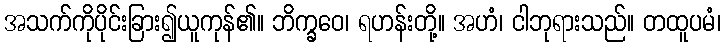
အသက်ကိုပိုင်းခြား၍ယူကုန်၏။ ဘိက္ခဝေ၊ ရဟန်းတို့။ အဟံ၊ ငါဘုရားသည်။ တထူပမံ၊